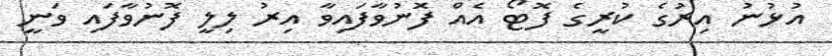
އުޅުނު އިރުގެ ކުރީގެ ފޮޓޯ އެއް ފޮނުވާފައިވާ އިރު ލިލީ ފޮނުވާފައި ވަނީ